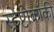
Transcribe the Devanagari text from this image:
स्ट्रेप्टोकॉकी